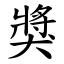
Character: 獎